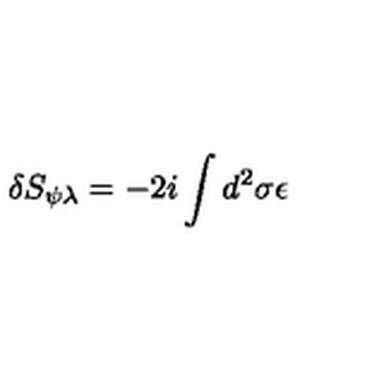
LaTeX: \delta S _ { \psi \lambda } = - 2 i \int d ^ { 2 } \sigma \epsilon